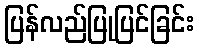
ပြန်လည်ပြုပြင်ခြင်း